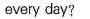
every day?